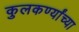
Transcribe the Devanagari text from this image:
कुलकर्ण्यांच्या